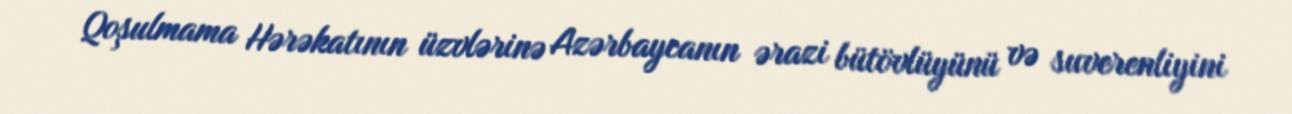
Qoşulmama Hərəkatının üzvlərinə Azərbaycanın ərazi bütövlüyünü və suverenliyini